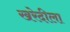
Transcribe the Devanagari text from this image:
खरेदीला